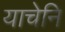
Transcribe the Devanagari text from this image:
याचेनि